Scottish Leaving Certificate Examination, 1956
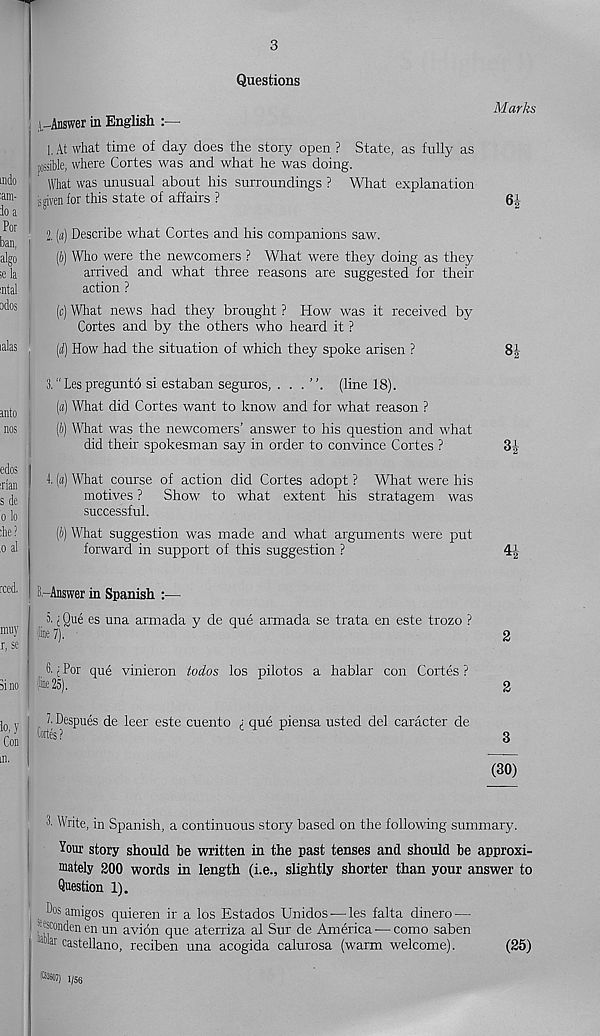
3
Questions
Marks
i,-Answer in English
1. At what time of day does the story open ? State, as fully as
possible, where Cortes was and what he was doing.
What was unusual about his surroundings ? What explanation
i s given for this state of affairs ?
6-^-
2. (a) Describe what Cortes and his companions saw.
(b) Who were the newcomers ? What were they doing as they
arrived and what three reasons are suggested for their
action ?
(c) What news had they brought ? How was it received by
Cortes and by the others who heard it ?
(d) How had the situation of which they spoke arisen ?
8|
3." Les pregunto si estaban seguros, . . .
(line 18).
(«) What did Cortes want to know and for what reason ?
(b) What was the newcomers’ answer to his question and what
did their spokesman say in order to convince Cortes ?
3|-
4, («) What course of action did Cortes adopt ? What were his
motives ? Show to what extent his stratagem was
successful.
(b) What suggestion was made and what arguments were put
forward in support of this suggestion ?
4J
i--Answer in Spanish :—
o. j Que es una armada y de que armada se trata en este trozo ?
(line 7).
d j For que vinieron fodos los pilotos a hablar con Cortes ?
(line 25).
f Despues de leer este cuento ; que piensa usted del caracter de
Cortes?
2
2
3
(30)
Write, in Spanish, a continuous story based on the following summary.
Your story should be written in the past tenses and should be approxi-
mately 200 words in length (i.e., slightly shorter than your answer to
Question 1).
Dos amigos quieren ir a los Estados Unidos-—des falta dinero —
*®conden en un avion que aterriza al Sur de America -— como saben
a " Jr c astellano, reciben una acogida calurosa (warm welcome).
(25)
(02607) 1/56